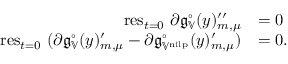
\begin{array} { r l } { \mathrm { r e s } _ { t = 0 } \ \partial \mathfrak { g } _ { \mathbb { V } } ^ { \circ } ( y ) _ { m , \mu } ^ { \prime \prime } } & { = 0 } \\ { \mathrm { r e s } _ { t = 0 } \ ( \partial \mathfrak { g } _ { \mathbb { V } } ^ { \circ } ( y ) _ { m , \mu } ^ { \prime } - \partial \mathfrak { g } _ { \mathbb { V } ^ { \mathrm { n i l p } } } ^ { \circ } ( y ) _ { m , \mu } ^ { \prime } ) } & { = 0 . } \end{array}